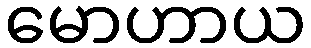
မောဟာယ